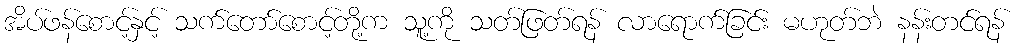
အိပ်ဖန်စောင့်နှင့် သက်တော်စောင့်တို့က သူ့ကို သတ်ဖြတ်ရန် လာရောက်ခြင်း မဟုတ်ဘဲ နန်းတင်ရန်